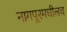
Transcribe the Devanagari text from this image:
नागपूरमधीलच